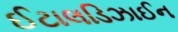
ઈટાલડિઝાઈન